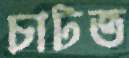
চাটত